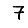
Digit: 7